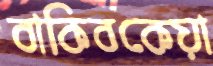
বাকিবকেয়া